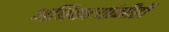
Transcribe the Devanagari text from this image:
अधिकार्‍यांनीही